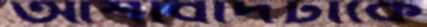
আশাবাদটাকে